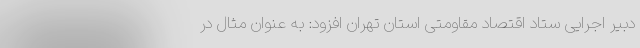
دبیر اجرایی ستاد اقتصاد مقاومتی استان تهران افزود: به عنوان مثال در